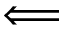
\Longleftarrow